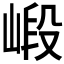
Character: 𱛽